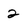
Character: 2